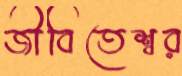
জীবিতেশ্বর